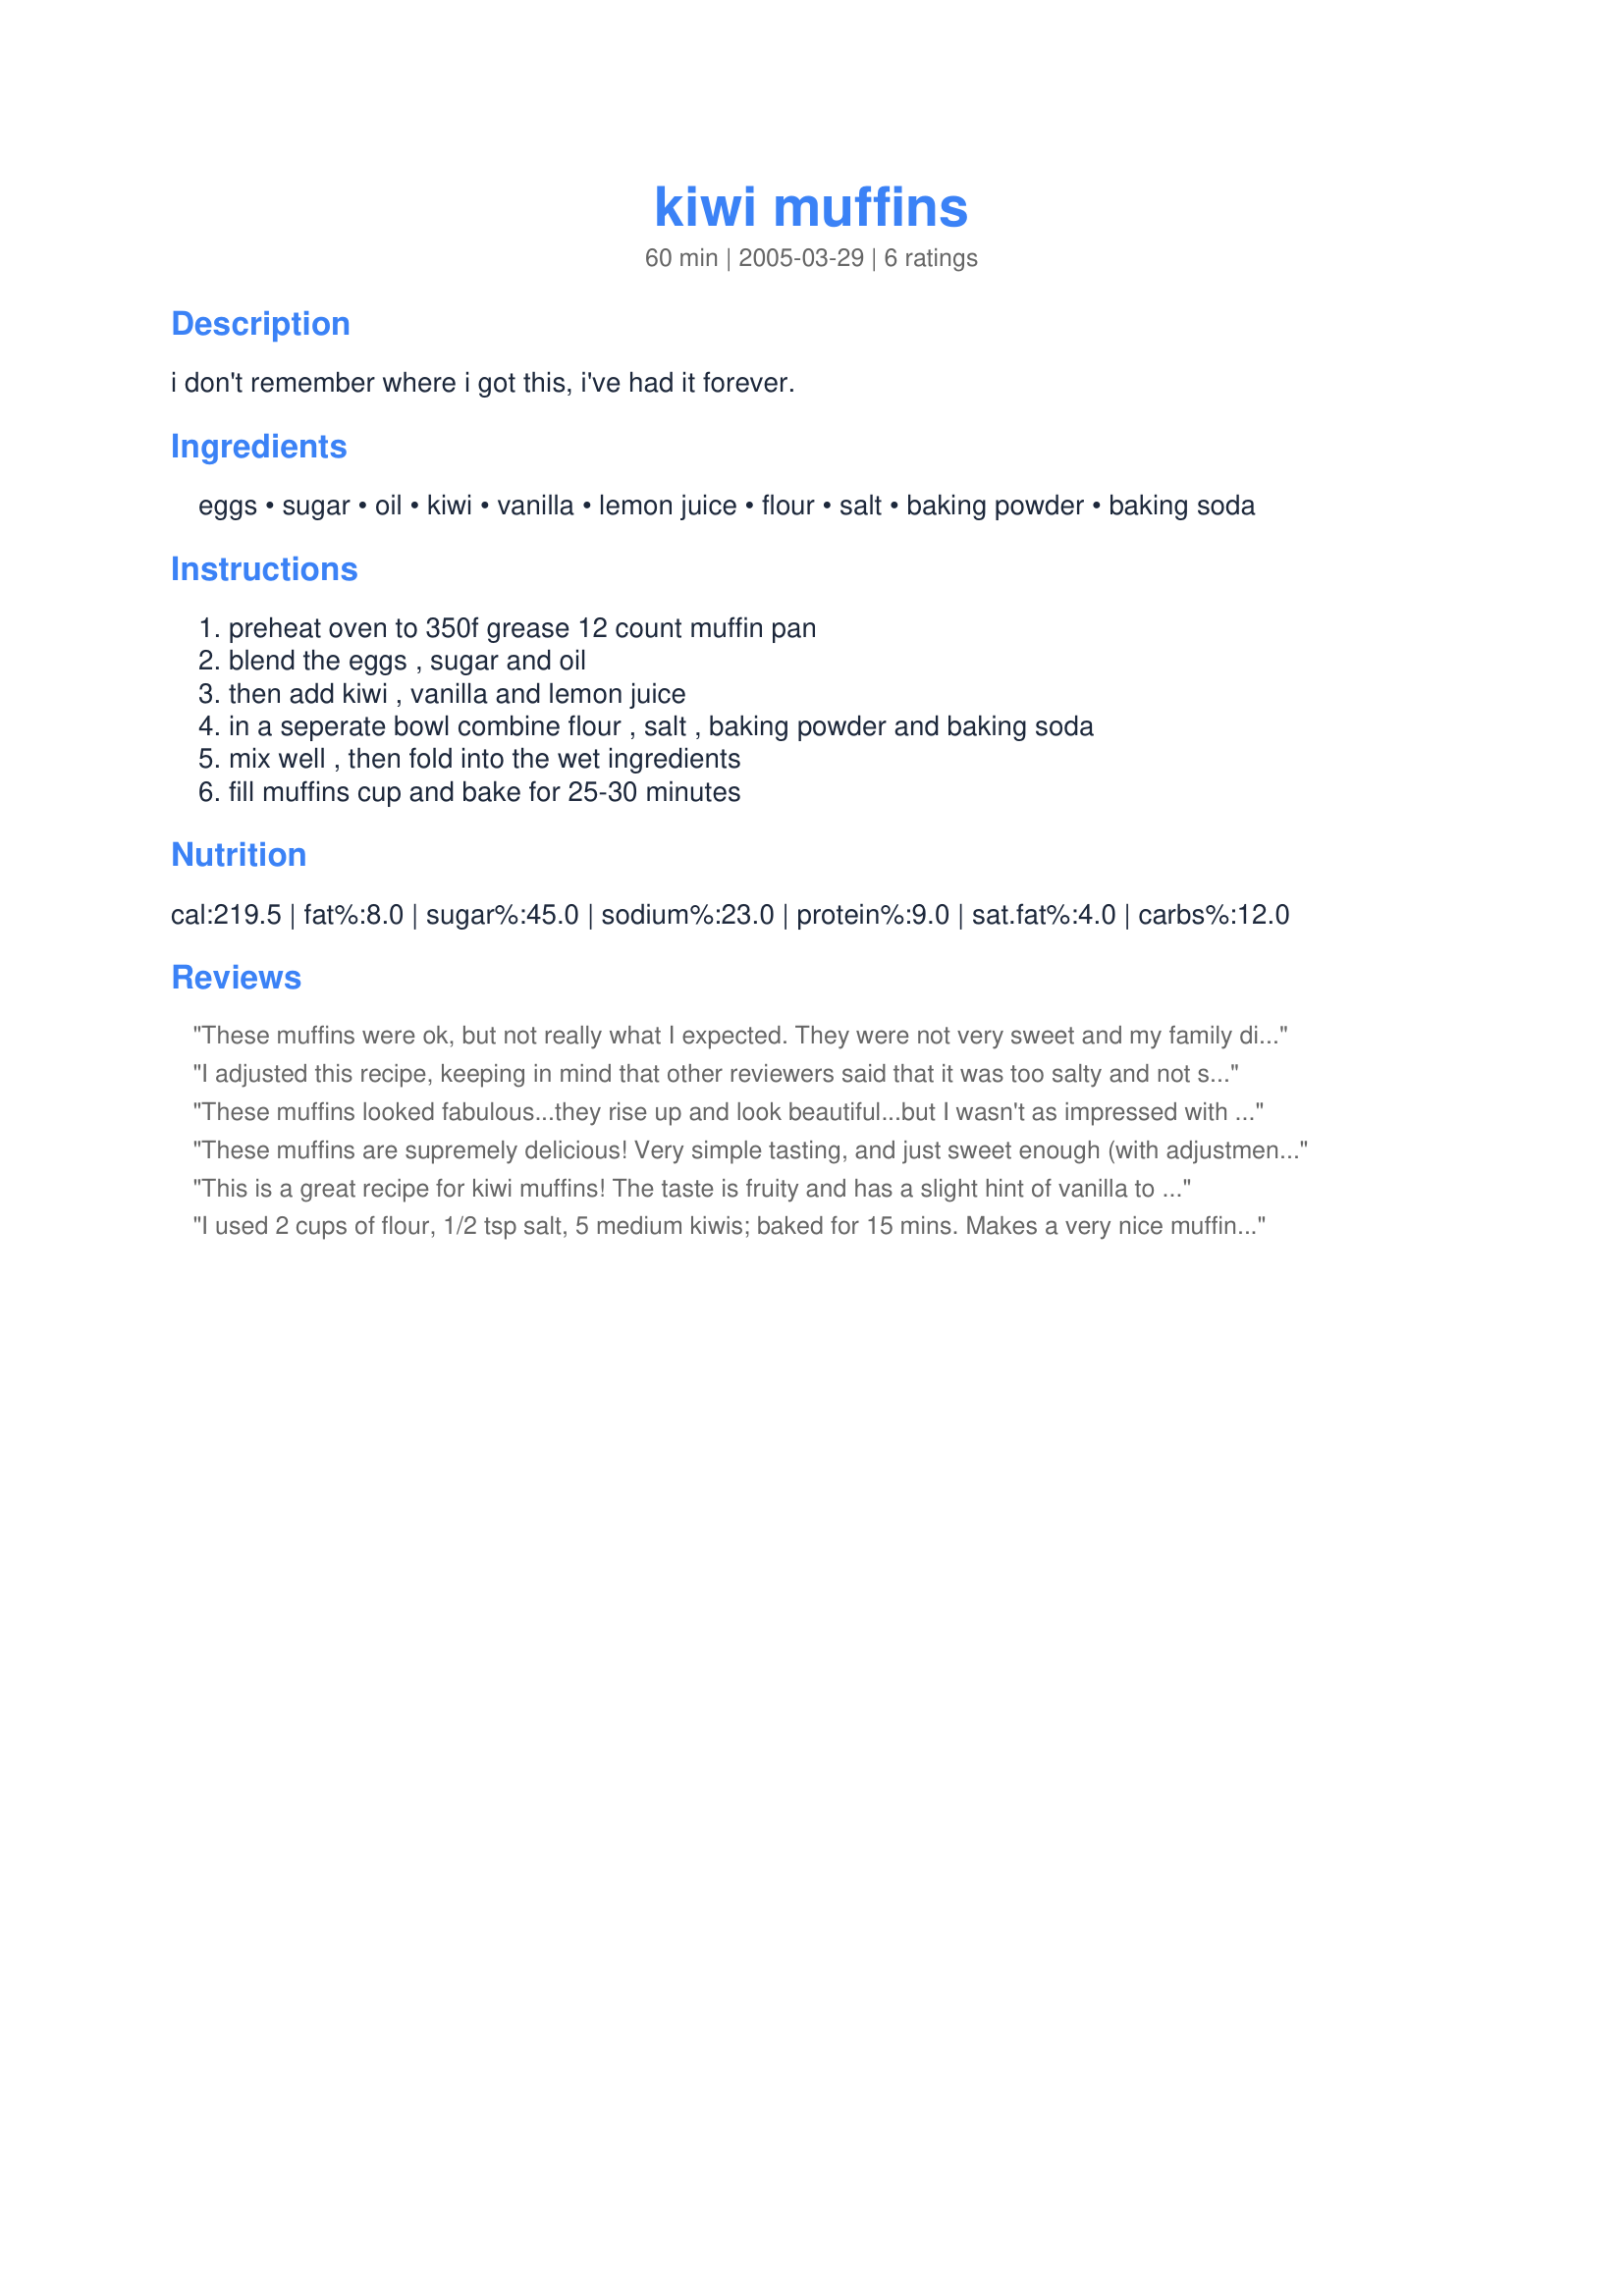
kiwi muffins
Preparation time: 60 minutes

i don't remember where i got this, i've had it forever.

Ingredients:
eggs, sugar, oil, kiwi, vanilla, lemon juice, flour, salt, baking powder, baking soda

Steps:
preheat oven to 350f grease 12 count muffin pan, blend the eggs , sugar and oil, then add kiwi , vanilla and lemon juice, in a seperate bowl combine flour , salt , baking powder and baking soda, mix well , then fold into the wet ingredients, fill muffins cup and bake for 25-30 minutes

Reviews:
These muffins were ok, but not really what I expected. They were not very sweet and my family didn't really like the texture of them. After only 15 minutes of baking, they were almost to the point of being overdone.
I adjusted this recipe, keeping in mind that other reviewers said that it was too salty and not sweet enough. I added 1/2 cup brown sugar, reduced the salt to 1/2 teaspoon, and replaced half the flour with whole wheat pastry flour (this change was based on personal preference). I also baked them for only 20 minutes, instead of 25-30. The result is pretty good, and probably worthy of an additional star. Just sweet enough, not at all salty, and the recipe works well with the whole wheat.
These muffins looked fabulous...they rise up and look beautiful...but I wasn't as impressed with the taste. They weren't sweet enough and were a little too salty in my opinion. (My kids don't seem to mind however...they keep asking for more!) I'm going to try experimenting with this recipe a little...more sugar and less salt and I think they will be perfect. Oh...I loved the texture...it reminds me of banana bread or banana muffins. Thanks for sharing the recipe!
These muffins are supremely delicious! Very simple tasting, and just sweet enough (with adjustments suggested by others). The taste like a good, old fashioned muffin made by Grandma's sweetest home ingredients. :) Like another reviewer said, these muffins rise absolutely beautifully. Would be great to make when you have guests over for lunch!<br/>My changes to th recipe: 1/2 tsp salt, 1/2 c. brown sugar (on top of the 1/2 c. white), 20 min max bake time (even with big muffins!), and 3/4 tsp. vanilla. I also omitted the lemon juice, but that was simply due to the fact that I did not have any.<br/>Also, the Kiwi flavour was not as strong as I was expecting, so I might try adding another kiwi next time.
This is a great recipe for kiwi muffins! The taste is fruity and has a slight hint of vanilla to it. Very nice!
The texture is a bit denser than in other muffins, but that is to be expected in a fruit puree muffin.
I made half the recipe and ended up with 7 nicely sized muffins, which rose beautifully. Due to the other reviews I only used a pinch of salt and only used the baking powder and no baking soda.
THANKS SO MUCH for sharing your recipe with us, Coffee Mom!
I used 2 cups of flour, 1/2 tsp salt, 5 medium kiwis; baked for 15 mins.
Makes a very nice muffin with an unusual but pleasant crunch from the kiwi seeds. Could&#039;ve probably made more than 12 out of the batter.
Didn&#039;t taste much of kiwi though.
